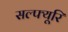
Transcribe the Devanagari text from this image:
सल्फ्यूरि